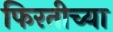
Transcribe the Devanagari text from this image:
फिरतीच्या